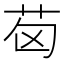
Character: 𦭪